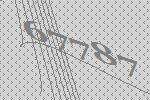
67787